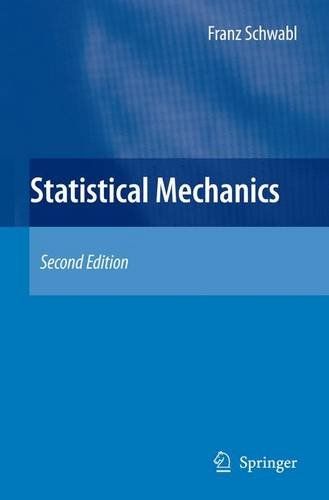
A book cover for Statistical Mechanics (Advanced Texts in Physics); Franz Schwabl; Science & Math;